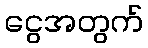
ငွေအတွက်